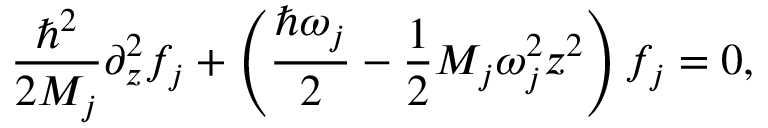
\frac { \hbar ^ { 2 } } { 2 M _ { j } } \partial _ { z } ^ { 2 } f _ { j } + \left( \frac { \hbar \omega _ { j } } { 2 } - \frac { 1 } { 2 } M _ { j } \omega _ { j } ^ { 2 } z ^ { 2 } \right) f _ { j } = 0 ,